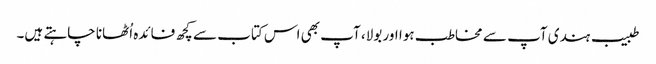
طبیب ہندی آپ سے مخاطب ہوا اور بولا، آپ بھی اس کتاب سے کچھ فائدہ اُٹھانا چاہتے ہیں۔